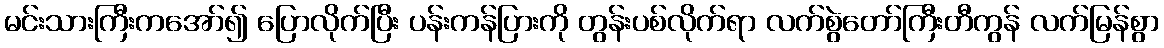
မင်းသားကြီးကအော်၍ ပြောလိုက်ပြီး ပန်းကန်ပြားကို တွန်းပစ်လိုက်ရာ လက်စွဲတော်ကြီးတီကွန် လက်မြန်စွာ